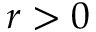
r > 0